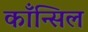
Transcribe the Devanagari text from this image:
काँन्सिल